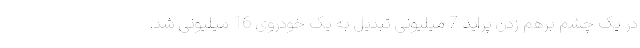
در یک چشم برهم زدن پراید 7 میلیونی تبدیل به یک خودروی 16 میلیونی شد.